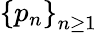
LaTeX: \left\{ p_{n}\right\} _{n\ge 1}